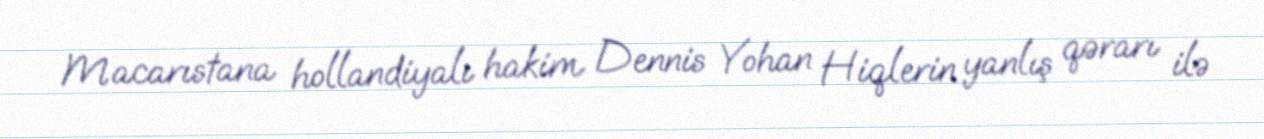
Macarıstana hollandiyalı hakim Dennis Yohan Hiqlerin yanlış qərarı ilə